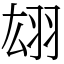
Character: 翃